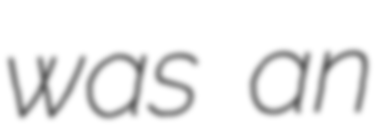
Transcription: was an